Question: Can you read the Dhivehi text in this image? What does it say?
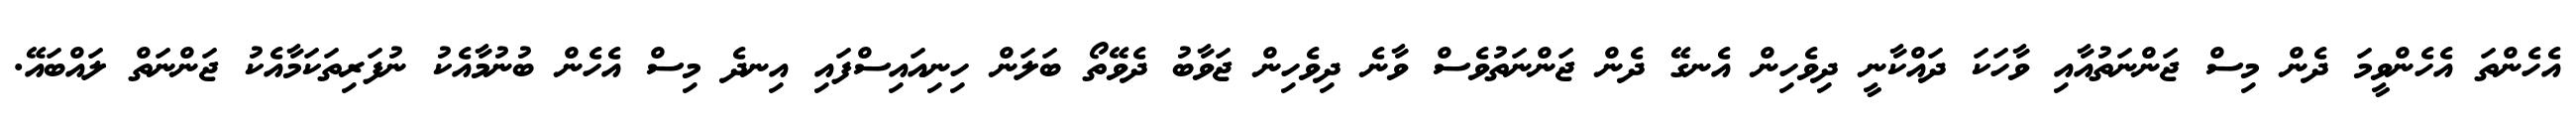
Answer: އެހެންތަ އެހެންވީމަ ދެން މިސް ޖަންނަތުއާއި ވާހަކަ ދައްކާނީ ދިވެހިން އެނގޭ ދެން ޖަންނަތުވެސް ވާނެ ދިވެހިން ޖަވާބު ދެވޭތޯ ބަލަން ހިނިއައިސްފައި އިނދެ މިސް އެހެން ބުނުމާއެކު ނުފަރިތަކަމާއެކު ޖަންނަތް ލައްބައޭ.